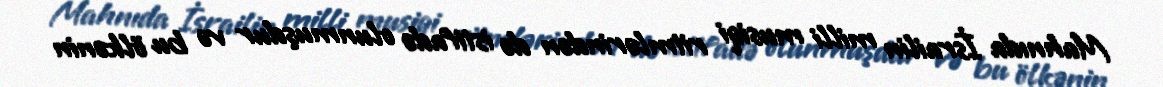
Mahnıda İsrailin milli musiqi ritmlərindən də istifadə olunmuşdur və bu ölkənin